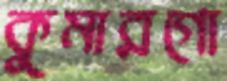
কুমারগো